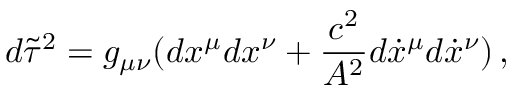
d \tilde { \tau } ^ { 2 } = g _ { \mu \nu } ( d x ^ { \mu } d x ^ { \nu } + \frac { c ^ { 2 } } { A ^ { 2 } } d \dot { x } ^ { \mu } d \dot { x } ^ { \nu } ) \, { , }